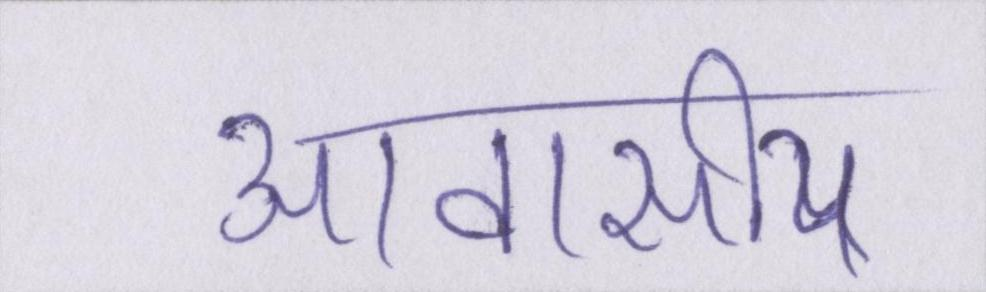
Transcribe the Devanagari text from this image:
आवासीय